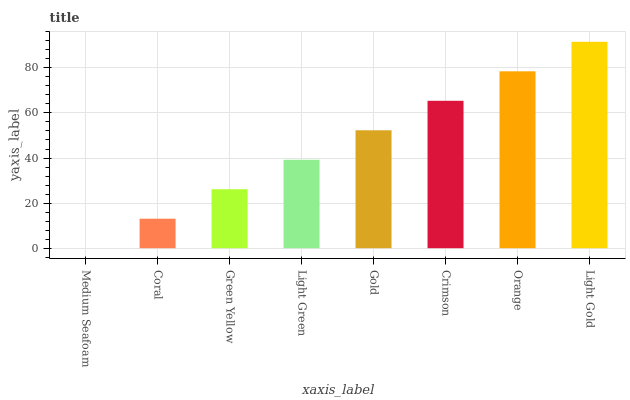
| xaxis_label | bars |
 | --- | --- |
 | Medium Seafoam | 0 |
 | Coral | 13.1 |
 | Green Yellow | 26.2 |
 | Light Green | 39.2 |
 | Gold | 52.3 |
 | Crimson | 65.4 |
 | Orange | 78.5 |
 | Light Gold | 91.5 |